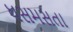
ધસમસતા